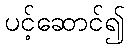
ပင့်ဆောင်၍